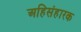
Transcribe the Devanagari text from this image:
अहिसंहारक